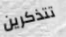
تتذكرين